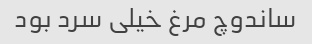
ساندوچ مرغ خیلی سرد بود